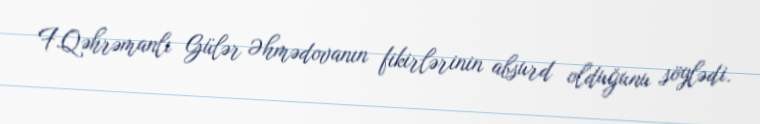
F.Qəhrəmanlı Gülər Əhmədovanın fikirlərinin absurd olduğunu söylədi.